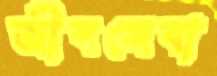
জীবসেবা